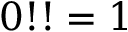
0 ! ! = 1